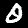
Label: 0